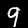
Label: 9